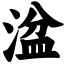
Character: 湓